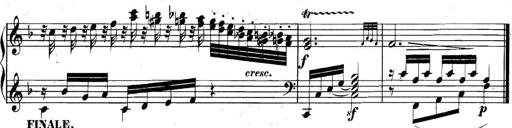
Title: Collected Piano Sonatas
Composer: Muzio Clementi